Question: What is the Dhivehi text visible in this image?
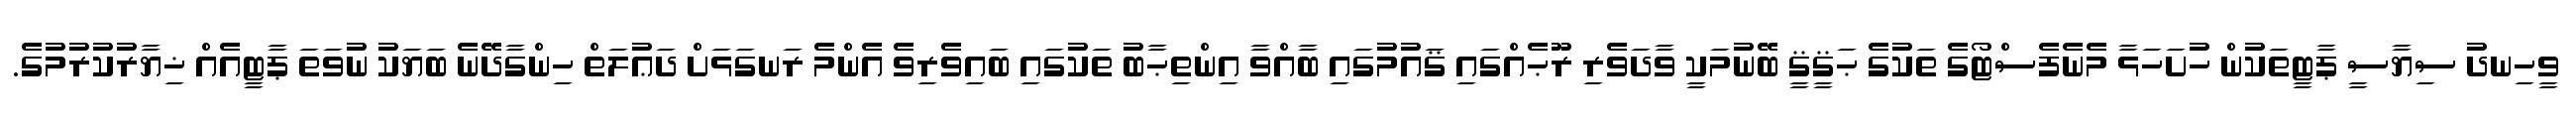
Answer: ވީހިނދު ސިޔާސީ ޕާޓީތަކުން ހުށަހަޅާ މެނެފެސްޓޯގެ ތަކުގެ ޙަޤީޤީ ބޭނުމަކީ ވާދަވެރި ރޫޙެއްގައި ޤައުމުގައި ބާއްވާ އިންތިޙާބު ތަކުގައި ބައިވެރިވެ އެންމެ ރަނގަޅަށް ދަޢުލަތް ހިންގާދޭނެ ބަޔަކު ނުވަތަ ޕާޓީއެއް ޚިޔާރުކުރުމުގެ.